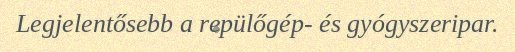
Legjelentősebb a repülőgép- és gyógyszeripar.